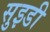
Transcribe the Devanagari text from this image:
सुइडी